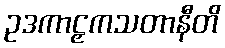
ဥဒကာဠှကသတာနီတိ